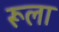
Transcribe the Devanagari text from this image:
रूला